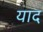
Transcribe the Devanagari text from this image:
याद